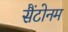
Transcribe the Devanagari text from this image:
सैंटोनम